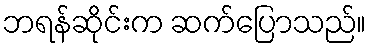
ဘရန်ဆိုင်းက ဆက်ပြောသည်။